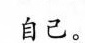
自己。